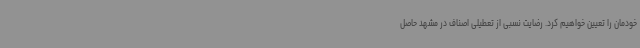
خودمان را تعیین خواهیم کرد. رضایت نسبی از تعطیلی اصناف در مشهد حاصل